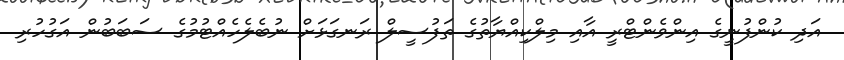
އަދި ކުންފުނީގެ އިންވެންޓްރީ އާއި މިލްކިއްޔާތުގެ ތަފުސީލް ރަނގަޅަށް ނުބެލެހެއްޓުމުގެ ސަބަބުން އަގުހުރި